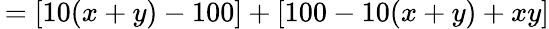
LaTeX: \, =[10(x+y)-100]+[100-10(x+y)+xy]